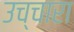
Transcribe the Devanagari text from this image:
उच्चारा